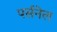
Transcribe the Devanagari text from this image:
पर्सनेल